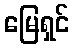
မြေရှင်